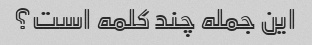
این جمله چند کلمه است؟